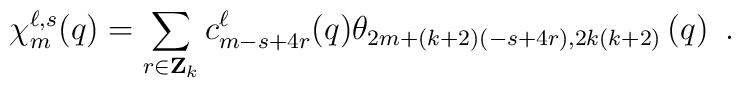
\chi_{m}^{\ell,s}(q)=\sum_{r \in {\bf Z}_k} c_{m-s+4r}^{\ell}(q)\theta_{2m+(k+2)(-s+4r),2k(k+2)}\left(q\right) ~.